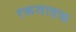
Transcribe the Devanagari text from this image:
रक्तवाहक